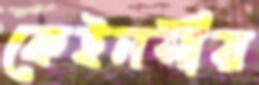
কেইনসীয়